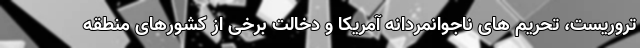
تروریست، تحریم های ناجوانمردانه آمریکا و دخالت برخی از کشورهای منطقه